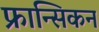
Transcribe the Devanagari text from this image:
फ्रान्सिकन